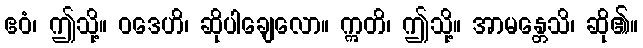
ဧဝံ၊ ဤသို့။ ဝဒေဟိ၊ ဆိုပါချေလော။ ဣတိ၊ ဤသို့။ အာမန္တေသိ၊ ဆို၏။